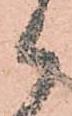
御